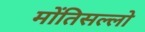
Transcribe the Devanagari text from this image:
मोंतिसल्लो